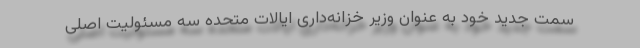
سمت جدید خود به عنوان وزیر خزانه‌داری ایالات متحده سه مسئولیت اصلی